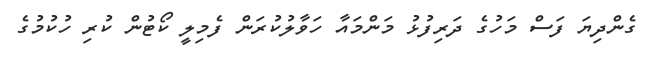
ގެންދިޔަ ފަސް މަހުގެ ދަރިފުޅު މަންމައާ ހަވާލުކުރަން ފެމިލީ ކޯޓުން ކުރި ހުކުމުގެ